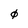
Character: 0